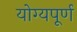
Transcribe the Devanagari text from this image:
योग्यपूर्ण